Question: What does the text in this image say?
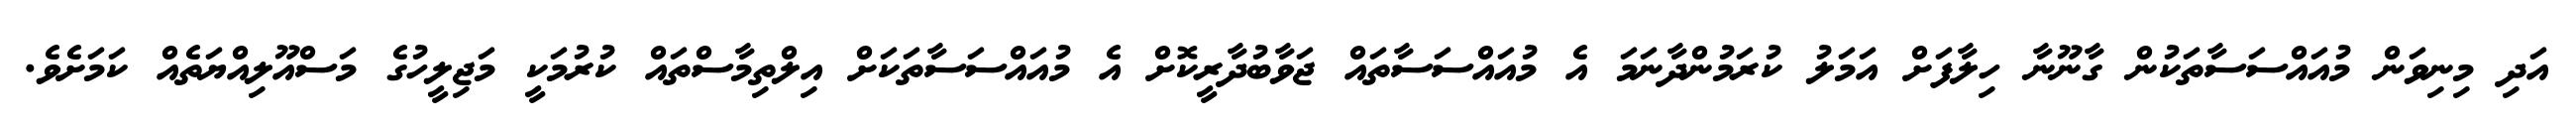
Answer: އަދި މިނިވަން މުއައްސަސާތަކުން ގާނޫނާ ހިލާފަށް އަމަލު ކުރަމުންދާނަމަ އެ މުއައްސަސާތައް ޖަވާބުދާރީކޮށް އެ މުއައްސަސާތަކަށް އިލްތިމާސްތައް ކުރުމަކީ މަޖިލީހުގެ މަސްއޫލިއްޔަތެއް ކަމަށެވެ.